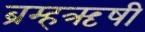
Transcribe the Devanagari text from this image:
ब्रम्हऋषी